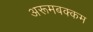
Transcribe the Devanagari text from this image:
अरूमबक्कम